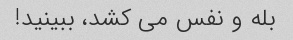
بله و نفس می کشد، ببینید!